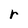
Character: r